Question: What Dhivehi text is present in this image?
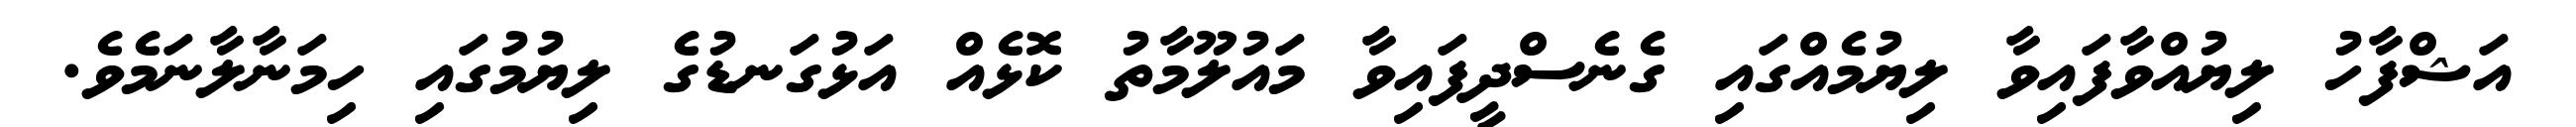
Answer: އަޝްފާހު ލިޔުއްވާފައިވާ ލިޔުމެއްގައި ގެނެސްދީފައިވާ މައުލޫމާތު ކޮޅެއް އަޅުގަނޑުގެ ލިޔުމުގައި ހިމަނާލާނަމެވެ.